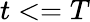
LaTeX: t<=T